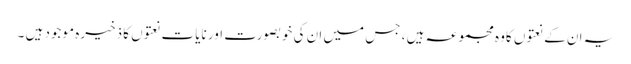
یہ ان کے نعتوں کاوہ مجموعہ ہیں ، جس میں ان کی خوبصورت اور نایات نعتوں کا ذخیرہ موجود ہیں ۔